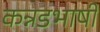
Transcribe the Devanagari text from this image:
कन्नडभाषी